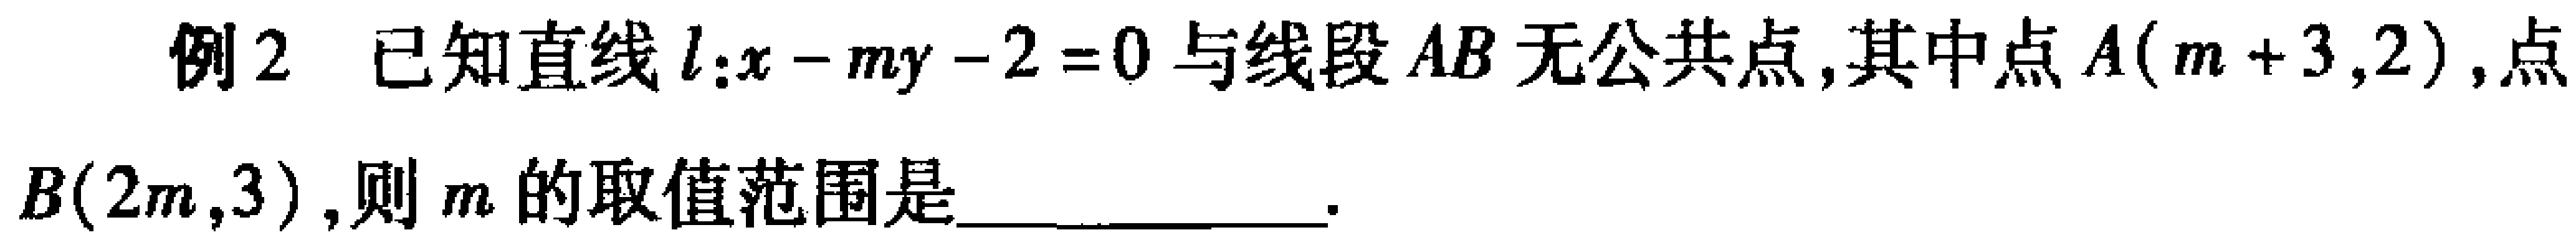
例2 已知直线\(l:x - my - 2 = 0\)与线段\(AB\)无公共点,其中点\(A(m + 3,2)\),点\(B(2m,3)\),则\(m\)的取值范围是____________.